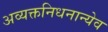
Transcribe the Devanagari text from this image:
अव्यक्तनिधनान्येव